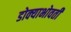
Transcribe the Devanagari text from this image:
डोक्याभोवती